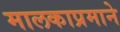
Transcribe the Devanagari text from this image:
मालकाप्रमाने